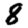
Digit: 8